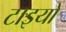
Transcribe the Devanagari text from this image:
टाइयों